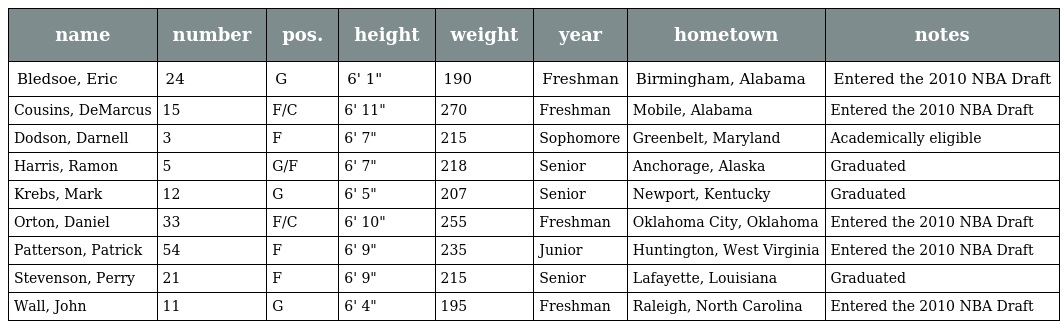
| name | number | pos. | height | weight | year | hometown | notes |
 | --- | --- | --- | --- | --- | --- | --- | --- |
 | Bledsoe, Eric | 24 | G | 6' 1" | 190 | Freshman | Birmingham, Alabama | Entered the 2010 NBA Draft |
 | Cousins, DeMarcus | 15 | F/C | 6' 11" | 270 | Freshman | Mobile, Alabama | Entered the 2010 NBA Draft |
 | Dodson, Darnell | 3 | F | 6' 7" | 215 | Sophomore | Greenbelt, Maryland | Academically eligible |
 | Harris, Ramon | 5 | G/F | 6' 7" | 218 | Senior | Anchorage, Alaska | Graduated |
 | Krebs, Mark | 12 | G | 6' 5" | 207 | Senior | Newport, Kentucky | Graduated |
 | Orton, Daniel | 33 | F/C | 6' 10" | 255 | Freshman | Oklahoma City, Oklahoma | Entered the 2010 NBA Draft |
 | Patterson, Patrick | 54 | F | 6' 9" | 235 | Junior | Huntington, West Virginia | Entered the 2010 NBA Draft |
 | Stevenson, Perry | 21 | F | 6' 9" | 215 | Senior | Lafayette, Louisiana | Graduated |
 | Wall, John | 11 | G | 6' 4" | 195 | Freshman | Raleigh, North Carolina | Entered the 2010 NBA Draft |